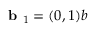
\textbf { b } _ { 1 } = ( 0 , 1 ) b